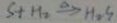
S + H _ { 2 } \xrightarrow { \Delta } H _ { 2 } S